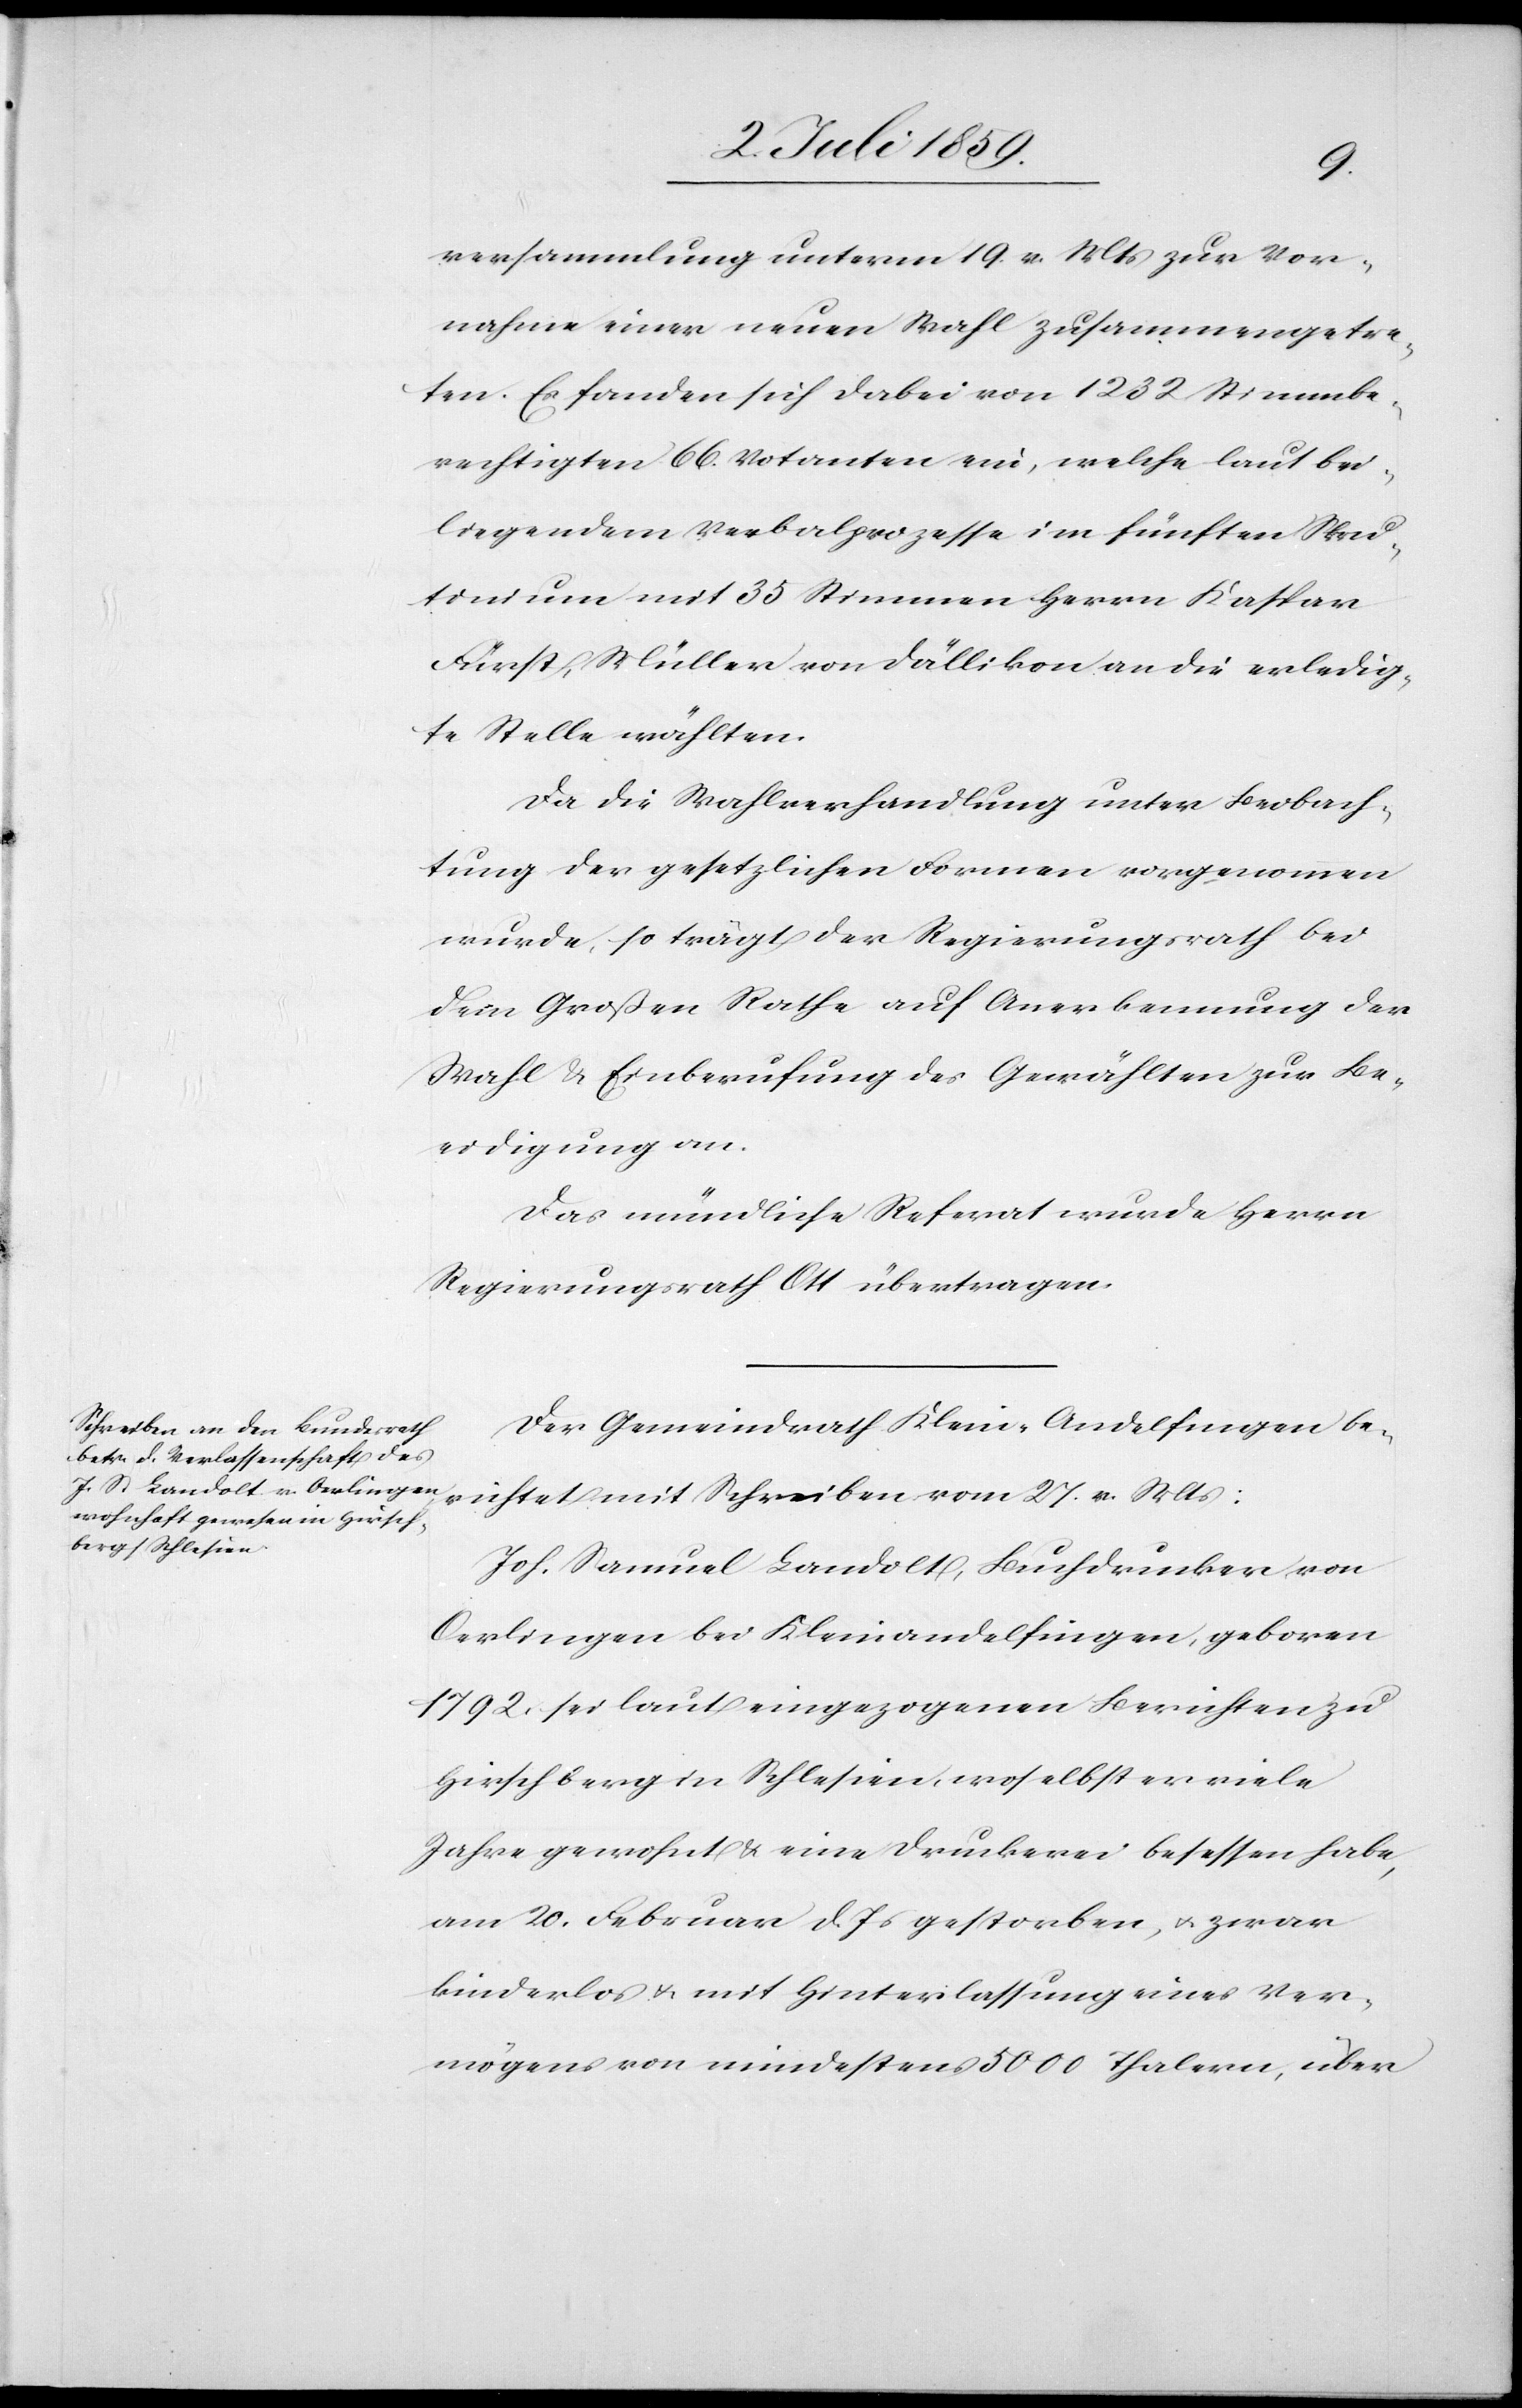
versammlung unterm 19. v. Mts zur Vor¬
nahme einer neuen Wahl zusammengetre¬
ten. Es fanden sich dabei von 1232 Stimmbe¬
rechtigten 66. Votanten ein, welche laut bei¬
liegendem Verbalprozesse im fünften Skru¬
tinium mit 35 Stimmen Herrn Kaspar
Fürst, Müller von Dällikon an die erledig¬
te Stelle wählten.
Da die Wahlverhandlung unter Beobach¬
tung der gesetzlichen Formen vorgenommen
wurde, so trägt der Regierungsrath bei
dem Großen Rathe auf Anerkennung der
Wahl u. Einberufung des Gewählten zur Be¬
eidigung an.
Das mündliche Referat wurde Herrn
Regierungsrath Ott übertragen.
Der Gemeindrath Klein-Andelfingen be¬
richtet mit Schreiben vom 27. v. Mts:
Joh. Samuel Landolt, Buchdrucker von
Oerlingen bei Kleinandelfingen, geboren
1792 sei laut eingezogenen Berichten zu
Hirschburg in Schlesien, woselbst er viele
Jahre gewohnt u. eine Druckerei besessen habe,
am 20. Februar d. Js gestorben, u. zwar
kinderlos u. mit Hinterlassung eines Ver¬
mögens von mindestens 5000 Thalern, über